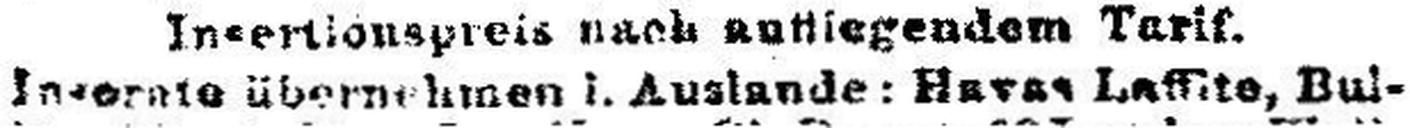
Inserate übernehmen i. Auslande: Havas Laffite, Bul¬